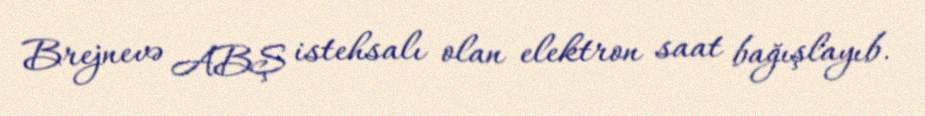
Brejnevə ABŞ istehsalı olan elektron saat bağışlayıb.